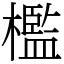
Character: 檻